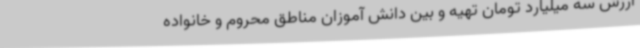
ارزش سه میلیارد تومان تهیه و بین دانش آموزان مناطق محروم و خانواده